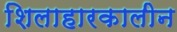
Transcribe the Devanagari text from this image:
शिलाहारकालीन